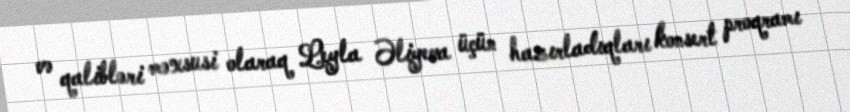
və qalibləri məxsusi olaraq Leyla Əliyeva üçün hazırladıqları konsert proqramı